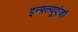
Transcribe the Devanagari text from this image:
इन्फ्ल्यूएंजां